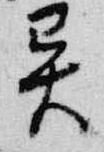
異